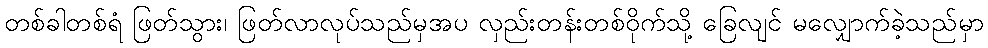
တစ်ခါတစ်ရံ ဖြတ်သွား၊ ဖြတ်လာလုပ်သည်မှအပ လှည်းတန်းတစ်ဝိုက်သို့ ခြေလျင် မလျှောက်ခဲ့သည်မှာ